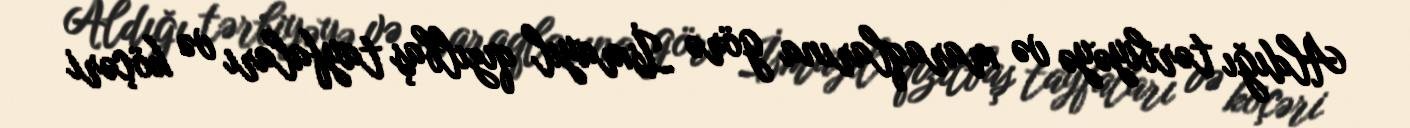
Aldığı tərbiyəyə və maraqlarına görə İsmayıl qızılbaş tayfaları və köçəri